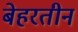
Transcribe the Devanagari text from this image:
बेहरतीन